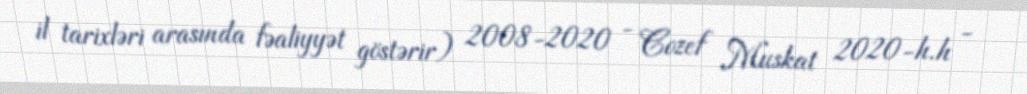
il tarixləri arasında fəaliyyət göstərir) 2008-2020 - Cozef Muskat 2020-h.h -